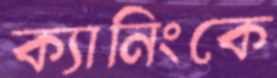
ক্যানিংকে